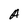
Character: A